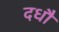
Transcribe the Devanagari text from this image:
दधौ